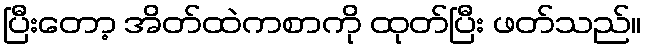
ပြီးတော့ အိတ်ထဲကစာကို ထုတ်ပြီး ဖတ်သည်။